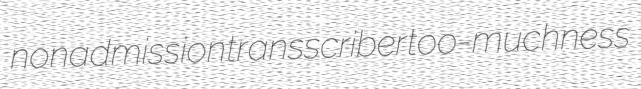
nonadmission transscriber too-muchness